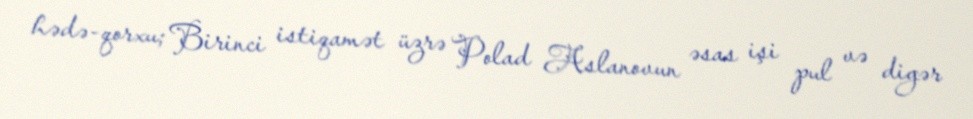
hədə-qorxu; Birinci istiqamət üzrə Polad Aslanovun əsas işi pul və digər